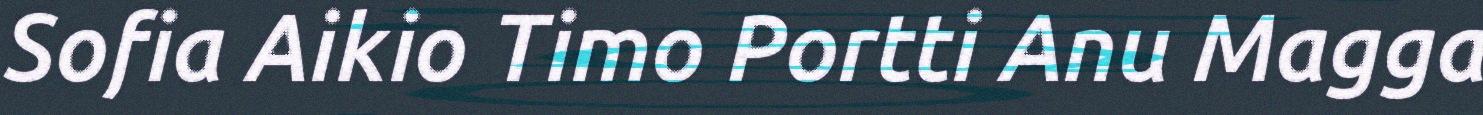
Sofia Aikio Timo Portti Anu Magga